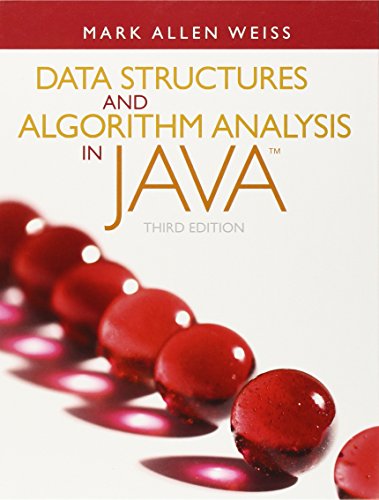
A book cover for Data Structures and Algorithm Analysis in Java (3rd Edition); Mark A. Weiss; Computers & Technology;